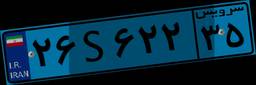
۶۶S۴۸۱۱۰